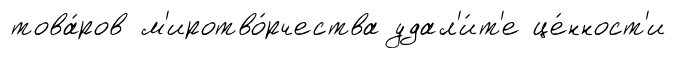
това́ров м'иротво́рчества удал'и́т'е це́нност'и